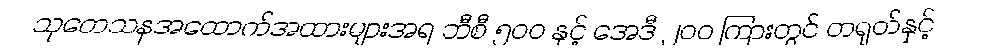
သုတေသနအထောက်အထားများအရ ဘီစီ ၅၀၀ နှင့် အေဒီ ၂၀၀ ကြားတွင် တရုတ်နှင့်